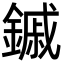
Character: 鏚